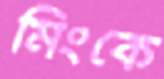
মিংকে